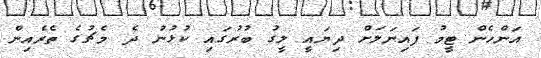
އަންހެން ޓީމު ފައިނަލަށް ދިޔައީ ލީގު ބުރުގައި ކުޅުނު ދެ މެޗުގެ ތެރެއިން